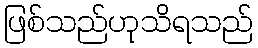
ဖြစ်သည်ဟုသိရသည်